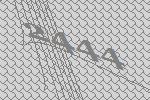
2444